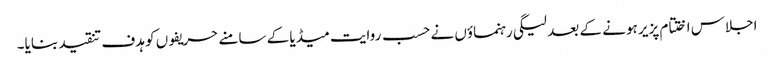
اجلاس اختتام پزیر ہونے کے بعد لیگی رہنماؤں نے حسب روایت میڈیا کے سامنے حریفوں کو ہدف تنقید بنایا۔